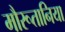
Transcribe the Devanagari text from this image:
मौरूतानिया